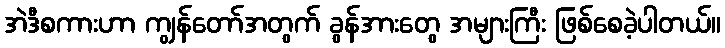
အဲဒီစကားဟာ ကျွန်တော်အတွက် ခွန်အားတွေ အများကြီး ဖြစ်စေခဲ့ပါတယ်။